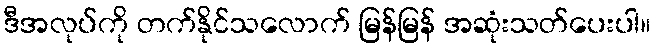
ဒီအလုပ်ကို တက်နိုင်သလောက် မြန်မြန် အဆုံးသတ်ပေးပါ။